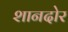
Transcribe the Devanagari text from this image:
शानदोर